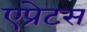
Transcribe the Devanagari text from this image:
एप्रेटस